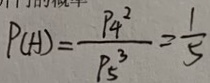
P ( A ) = \frac { P 4 ^ { 2 } } { P 5 ^ { 3 } } = \frac { 1 } { 5 }